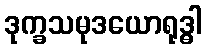
ဒုက္ခသမုဒယောရုဒ္ဓါ